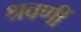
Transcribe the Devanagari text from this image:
श्रवणीं